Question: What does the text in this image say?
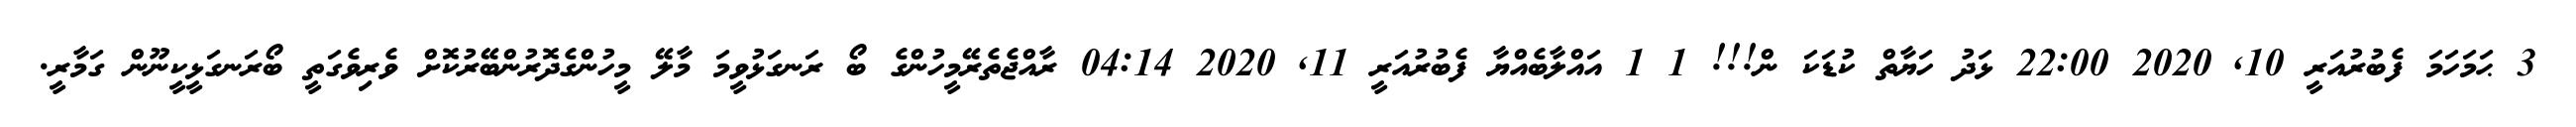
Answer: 3 ޙަމަހަމަ ފެބުރުއަރީ 10, 2020 22:00 ޅަދު ހަޔާތް ކުޑަކަ ން!!! 1 1 އައްލާބެއްޔާ ފެބުރުއަރީ 11, 2020 04:14 ރާއްޖެތެރޭމީހުންގެ ބޯ ރަނގަޅުވީމަ މާލޭ މީހުންގެދޮރުންބޭރުކޮށް ވެރިވެގަތީ ބޯރަނގަޅީކީނޫން ގަމާރީ.